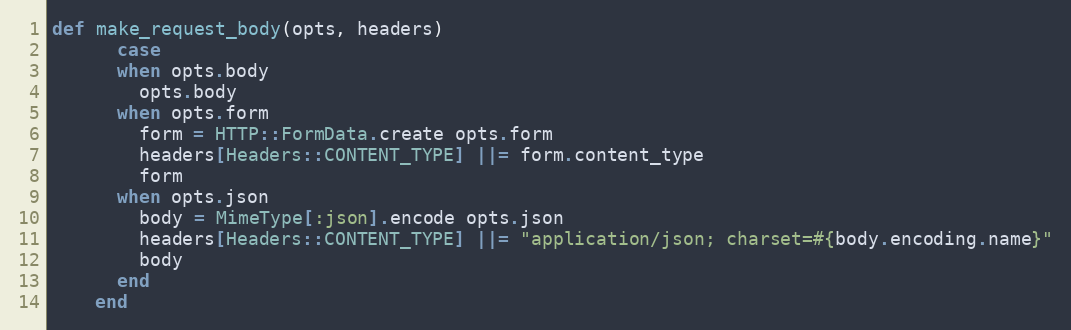
Language: Ruby
def make_request_body(opts, headers)
      case
      when opts.body
        opts.body
      when opts.form
        form = HTTP::FormData.create opts.form
        headers[Headers::CONTENT_TYPE] ||= form.content_type
        form
      when opts.json
        body = MimeType[:json].encode opts.json
        headers[Headers::CONTENT_TYPE] ||= "application/json; charset=#{body.encoding.name}"
        body
      end
    end